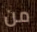
من